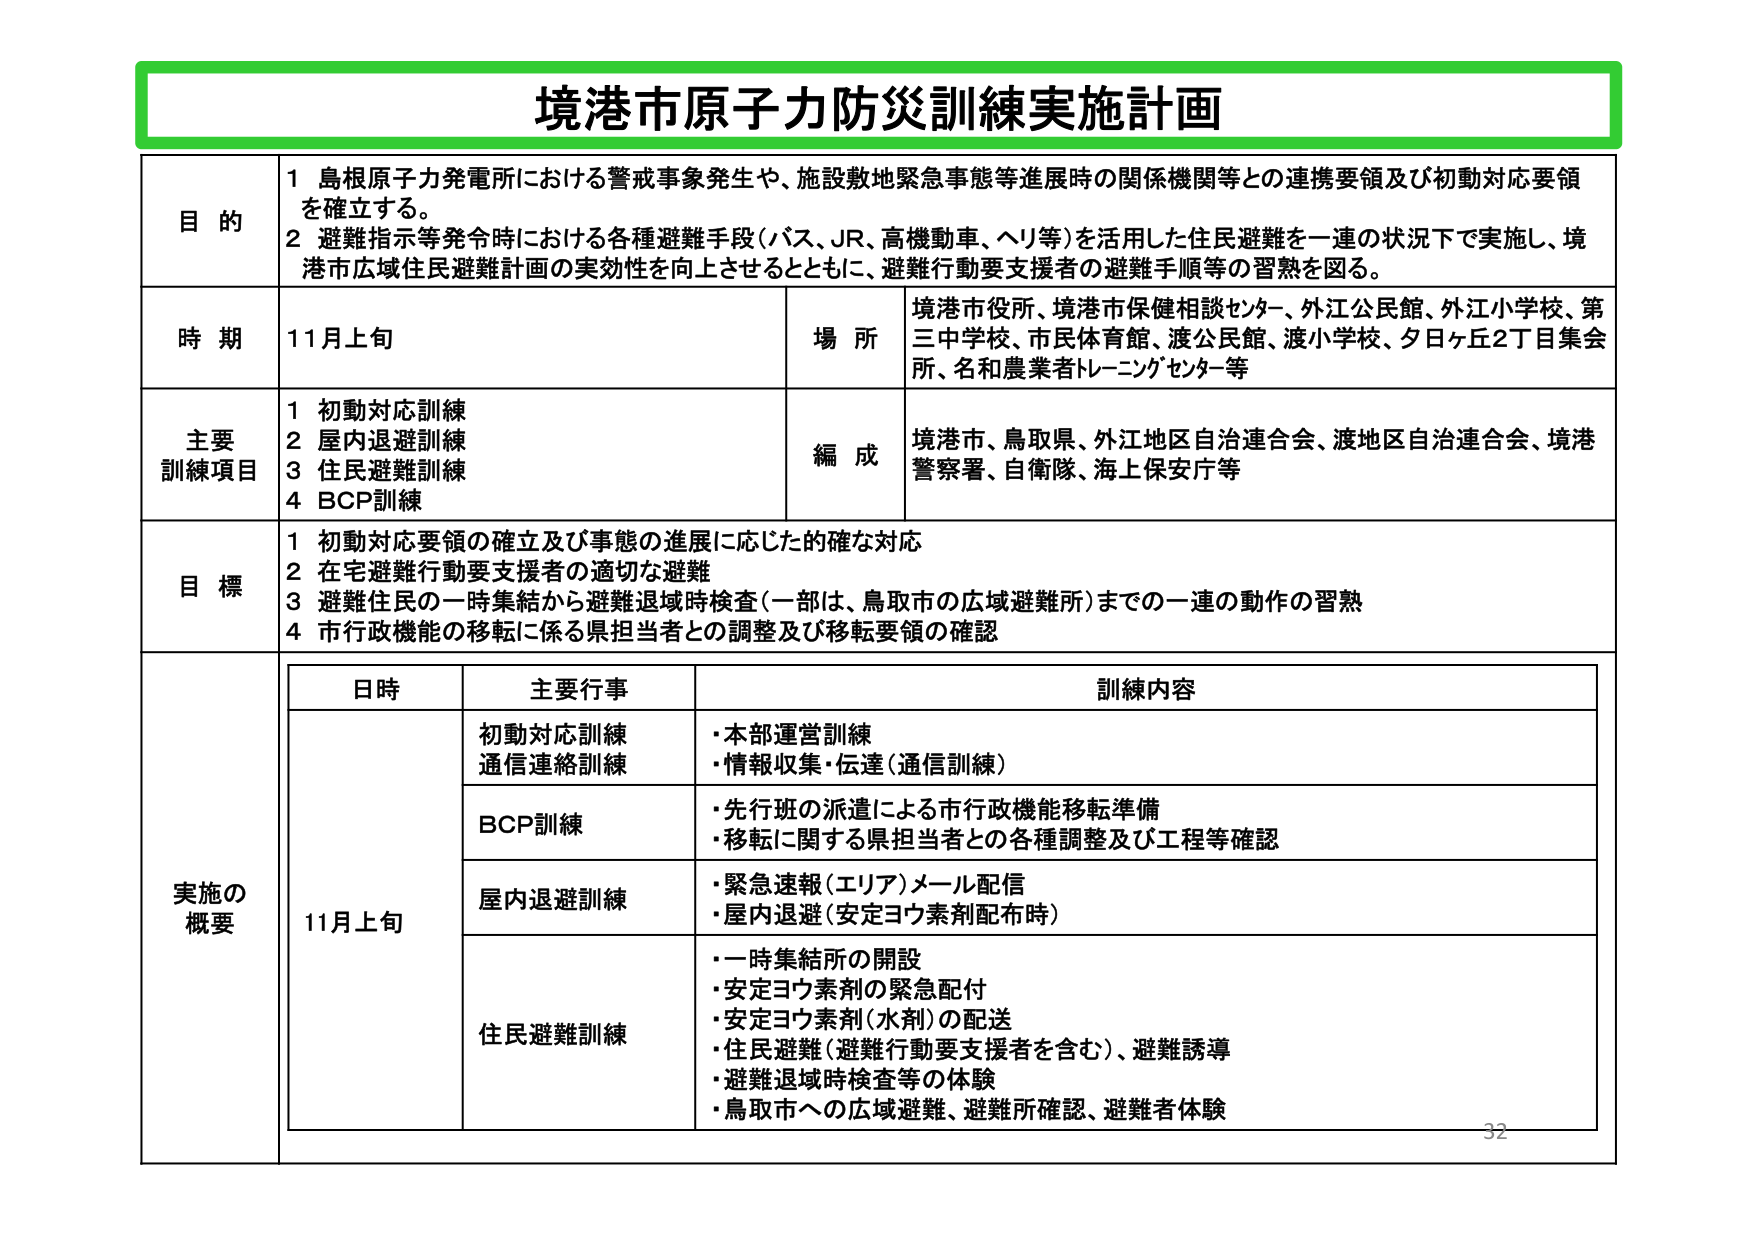
境港市原子力防災訓練実施計画

目的
1 島根原子力発電所における警戒事象発生や、施設敷地緊急事態等進展時の関係機関等との連携要領及び初動対応要領を確立する。
2 避難指示等発令時における各種避難手段（バス、JR、高機動車、ヘリ等）を活用した住民避難を一連の状況下で実施し、境港市広域住民避難計画の実効性を向上させるとともに、避難行動要支援者の避難手順等の習熟を図る。

時期
11月上旬

場所
境港市役所、境港市保健相談センター、外江公民館、外江小学校、第三中学校、市民体育館、渡公民館、渡小学校、夕日ヶ丘2丁目集会所、名和農業者トレーニングセンター等

主要訓練項目
1 初動対応訓練
2 屋内退避訓練
3 住民避難訓練
4 BCP訓練

編成
境港市、鳥取県、外江地区自治連合会、渡地区自治連合会、境港警察署、自衛隊、海上保安庁等

目標
1 初動対応要領の確立及び事態の進展に応じた的確な対応
2 在宅避難行動要支援者の適切な避難
3 避難住民の一時集結から避難退域時検査（一部は、鳥取市の広域避難所）までの一連の動作の習熟
4 市行政機能の移転に係る県担当者との調整及び移転要領の確認

実施の概要
日時 主要行事 訓練内容
11月上旬 初動対応訓練 通信連絡訓練 ・本部運営訓練
・情報収集・伝達（通信訓練）
BCP訓練 ・先行班の派遣による市行政機能移転準備
・移転に関する県担当者との各種調整及び工程等確認
屋内退避訓練 ・緊急速報（エリア）メール配信
・屋内退避（安定ヨウ素剤配布時）
住民避難訓練 ・一時集結所の開設
・安定ヨウ素剤の緊急配付
・安定ヨウ素剤（水剤）の配送
・住民避難（避難行動要支援者を含む）、避難誘導
・避難退域時検査等の体験
・鳥取市への広域避難、避難所確認、避難者体験

32